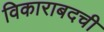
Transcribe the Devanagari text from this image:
विकाराबदची